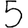
Digit: 5